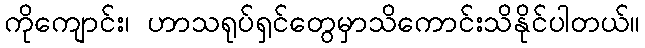
ကိုကျောင်း၊ ဟာသရုပ်ရှင်တွေမှာသိကောင်းသိနိုင်ပါတယ်။